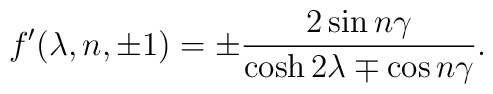
f'(\lambda,n,\pm1) = \pm \frac{2\sin n\gamma}{\cosh 2\lambda \mp \cos n\gamma}.